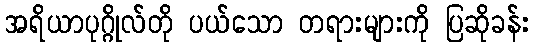
အရိယာပုဂ္ဂိုလ်တို ပယ်သော တရားများကို ပြဆိုခန်း